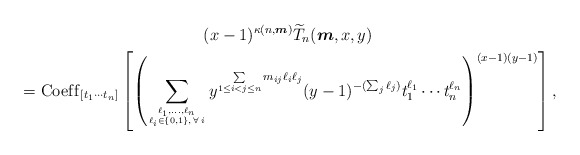
\begin{gather*} (x-1)^{\kappa(n,{\boldsymbol{m}})} {\widetilde{T}}_n({\boldsymbol{m}},x,y)\\{} = {\rm Coef\/f}_{[t_1 \cdots t_n]} \left[ \left( \sum_{\ell_1,\ldots,\ell_n\atop \ell_i \in \{0,1 \}, \, \forall\, i} y^{\sum\limits_{1 \le i < j \le n} m_{ij} \ell_i \ell_j} (y-1)^{- (\sum_{j} \ell_{j})} t_1^{\ell_{1}} \cdots t_n^{\ell_{n}} \right)^{(x-1)(y-1)} \right] ,\end{gather*}